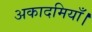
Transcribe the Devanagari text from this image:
अकादमियाँ।